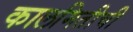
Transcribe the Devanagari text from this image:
कालमितीची